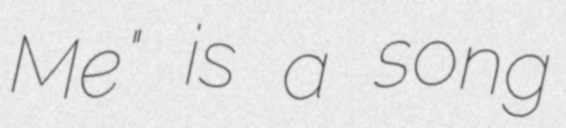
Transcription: Me" is a song